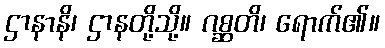
ဌာနာနိ၊ ဌာနတို့သို့။ ဂစ္ဆတိ၊ ရောက်၏။